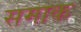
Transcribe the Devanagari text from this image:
समाक